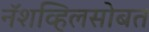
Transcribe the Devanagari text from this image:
नॅशव्हिलसोबत